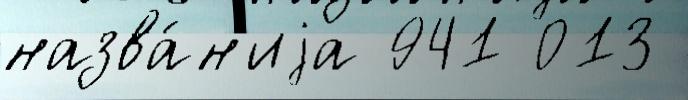
назва́н'иjа 941 013